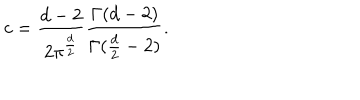
LaTeX: c = { \frac { d - 2 } { 2 \pi ^ { \frac { d } { 2 } } } } { \frac { \Gamma ( d - 2 ) } { \Gamma ( { \frac { d } { 2 } } - 2 ) } } .